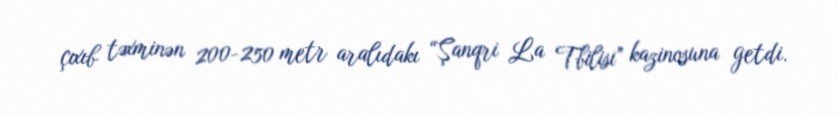
çıxıb təxminən 200-250 metr aralıdakı “Şanqri La Tbilisi” kazinosuna getdi.